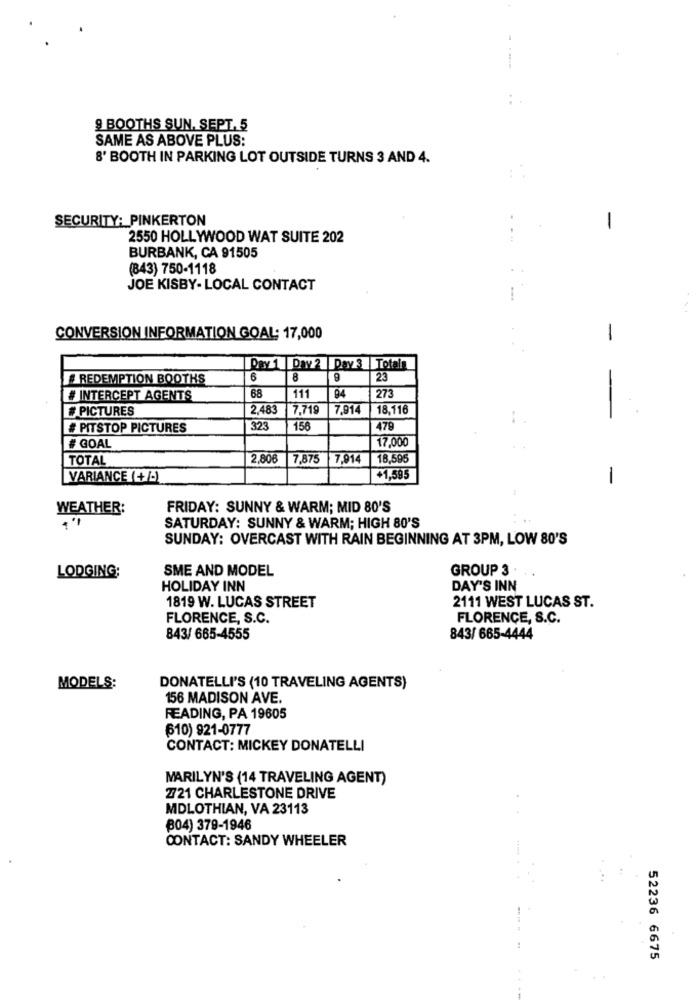
9 BOOTHS SUN, SEPT. 5
SAME AS ABOVE PLUS:
8' BOOTH IN PARKING LOT OUTSIDE TURNS 3 AND 4.
SECURITY: PINKERTON
-
2550 HOLLYWOOD WAT SUITE 202
BURBANK, CA 91505
(843) 750-1118
JOE KISBY- LOCAL CONTACT
-
CONVERSION INFORMATION GOAL: 17,000
Day 1 Day 2 Day 3 |Totals
# REDEMPTION BOOTHS
8
9
123
68
111
273
# INTERCEPT AGENTS
94
PICTURES
2.483
7.719
7,914
18,116
1:
- -
# PITSTOP PICTURES
323
156
479
17,000
GOAL
TOTAL
2,80€
7,875
17.914
18,595
VARIANCE (+/-)
+1,595
WEATHER:
FRIDAY: SUNNY & WARM; MID 80'S
15
SATURDAY: SUNNY & WARM; HIGH 80'S
SUNDAY: OVERCAST WITH RAIN BEGINNING AT 3PM, LOW 80'S
SME AND MODEL
GROUP 3 .
LODGING;
HOLIDAY INN
DAY'S INN
1819 W. LUCAS STREET
2111 WEST LUCAS ST.
FLORENCE, S.C.
FLORENCE, S.C.
843/ 665-4555
843/ 665-4444
MODELS:
DONATELLI'S (10 TRAVELING AGENTS)
156 MADISON AVE.
READING, PA 19605
610) 921-0777
CONTACT: MICKEY DONATELLI
MARILYN'S (14 TRAVELING AGENT)
Z721 CHARLESTONE DRIVE
MDLOTHIAN, VA 23113
₿04) 379-1946
CONTACT: SANDY WHEELER
52236 6675